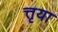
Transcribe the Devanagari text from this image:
त्तृया